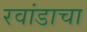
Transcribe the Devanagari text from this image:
रवांडाचा